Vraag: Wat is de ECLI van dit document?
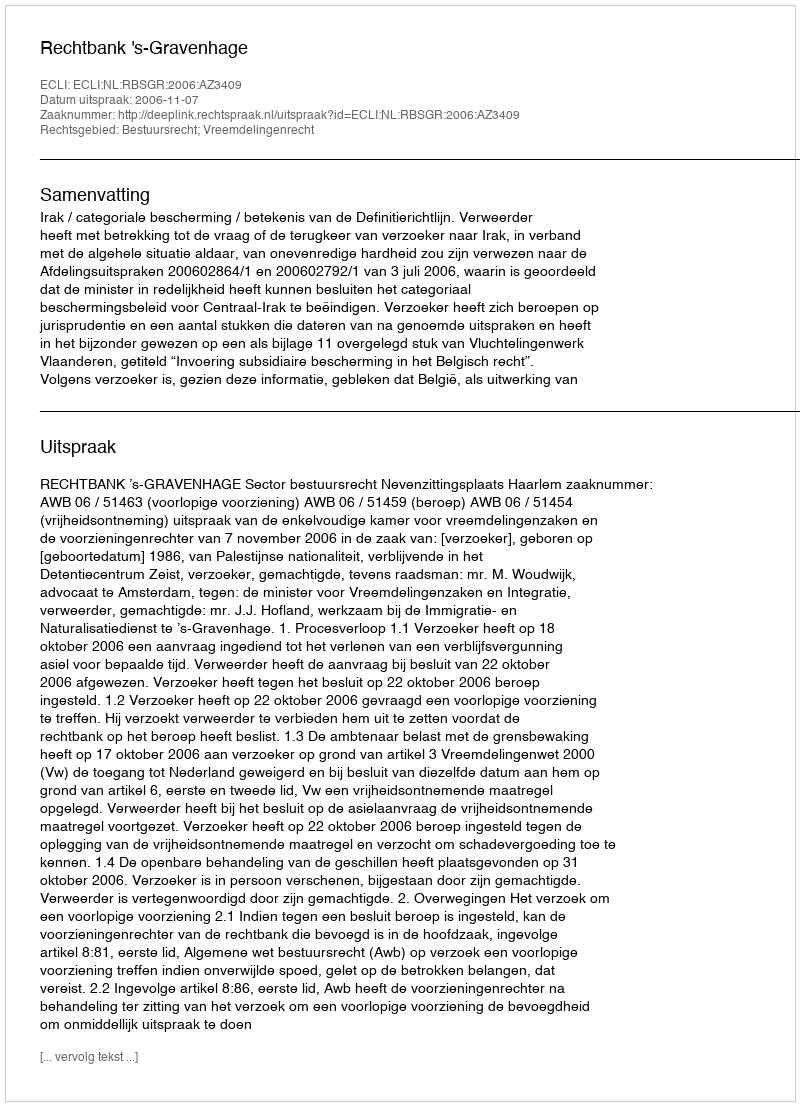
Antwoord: ECLI:NL:RBSGR:2006:AZ3409